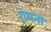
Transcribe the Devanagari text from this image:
रोधनों